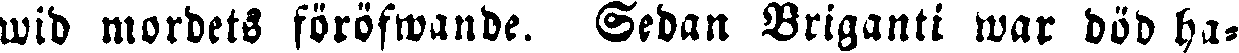
wid mordets föröfwande. Sedan Briganti war död ha-